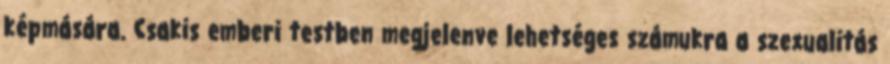
képmására. Csakis emberi testben megjelenve lehetséges számukra a szexualitás